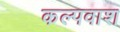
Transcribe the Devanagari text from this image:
कल्पवाश